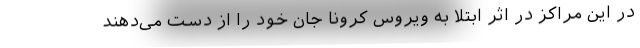
در این مراکز در اثر ابتلا به ویروس کرونا جان خود را از دست می‌دهند